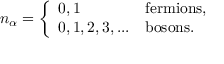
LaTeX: n _ { \alpha } = { \left\{ \begin{array} { l l } { 0 , 1 } & { { \mathrm { f e r m i o n s , } } } \\ { 0 , 1 , 2 , 3 , . . . } & { { \mathrm { b o s o n s . } } } \end{array} \right. }